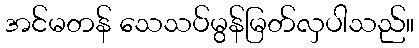
အင်မတန် သေသပ်မွန်မြတ်လှပါသည်။